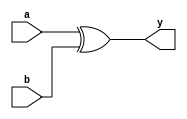
// xor2 - 

// 
module xor2_1(y,a,b);
input a,b;
output y;
xor(y,a,b);
endmodule

// case
module xor2_2(y,a,b);
input a,b;
output y;
reg y;
always @(a,b) begin
    case ({a,b})
    2'b00: y <= 0;
    2'b01: y <= 1;
    2'b10: y <= 1;
    2'b11: y <= 0;
    default: y <='bx;
    endcase
end
endmodule